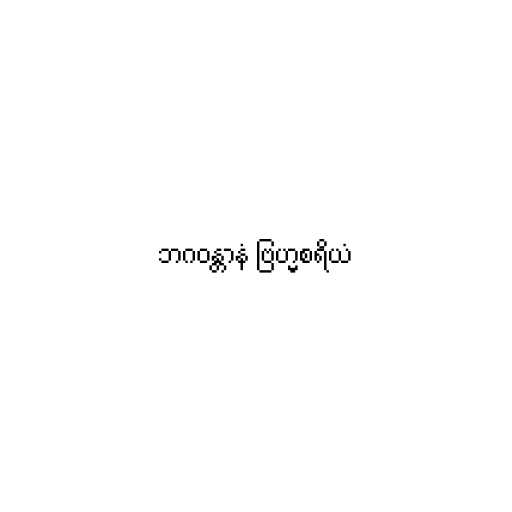
ဘဂဝန္တာနံ ဗြဟ္မစရိယံ